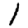
Digit: 1